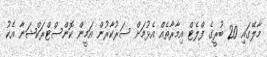
މާލޭގައި 20 ބުރީގެ ފްލެޓް އިމާރާތެއް އެޅުމަށް ސަރުކާރުން އަމީން ކޮންސްޓްރަކްޝަނާ އެކު